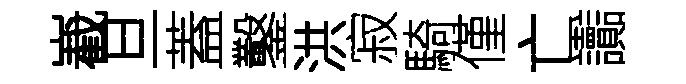
嶻旦蓋鑿洪寂騎僅亡讟